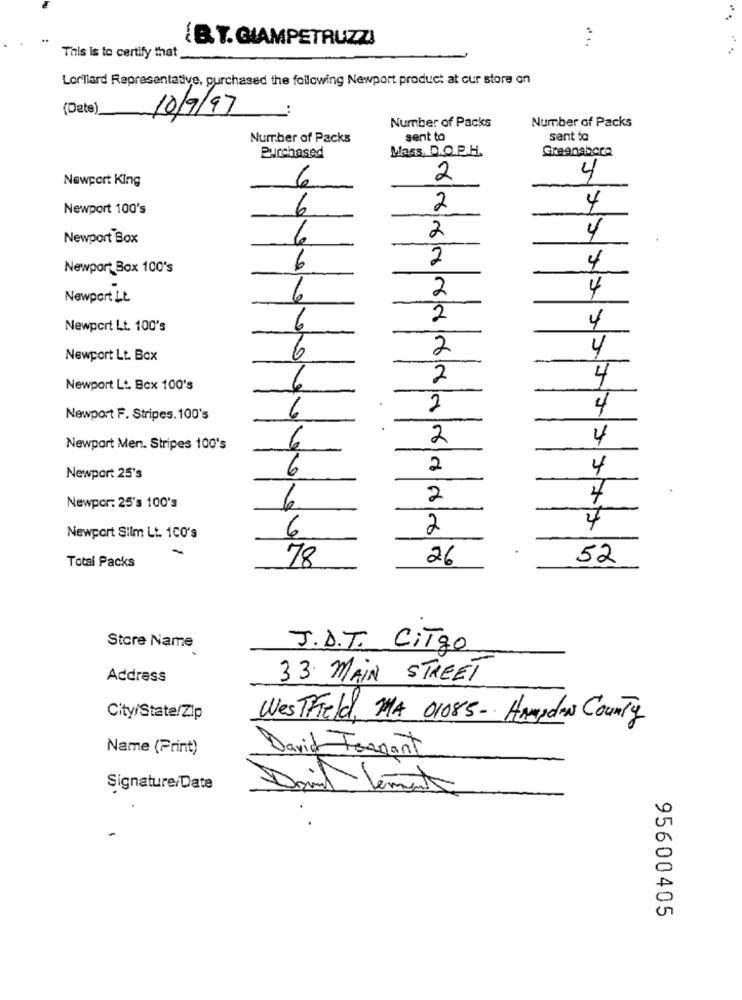
(B. T. GIAMPETRUZZI
This is to certify that
Lorillard Representative, purchased the following Newport product at our store on
(Date)
10/9/97
Number of Packs
Number of Packs
Number of Packs
sent to
sent to
Mass, D.O.P.H.
Greensboro
Purchased
Newport King
2
4
6
Newport 100's
2
4
2
4
Newport Box
6
2
Newport Box 100's
6
4
2
4
Newport Lt
2
4
Newport Lt. 100's
6
2
4
Newport Lt. Box
6
2
4
Newport Lt. Box 100's
6
2
Newport F. Stripes. 100's
6
2
4
Newport Men. Stripes 100's
2
4
Newport 25's
2
4
Newpor: 25's 100's
4
6
2
Newport Silm Lt. 100's
-
Total Packs
78
26
52
Store Name
J.D.T. CiTigo
Address
33 MAIN STREET
City/State/Zip
WestField, MA 01085- Hayden County
Name (Print)
David Tennant
Signature/Date
David lement
95600405